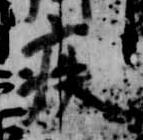
疾